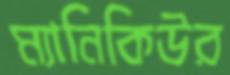
ম্যানিকিউর